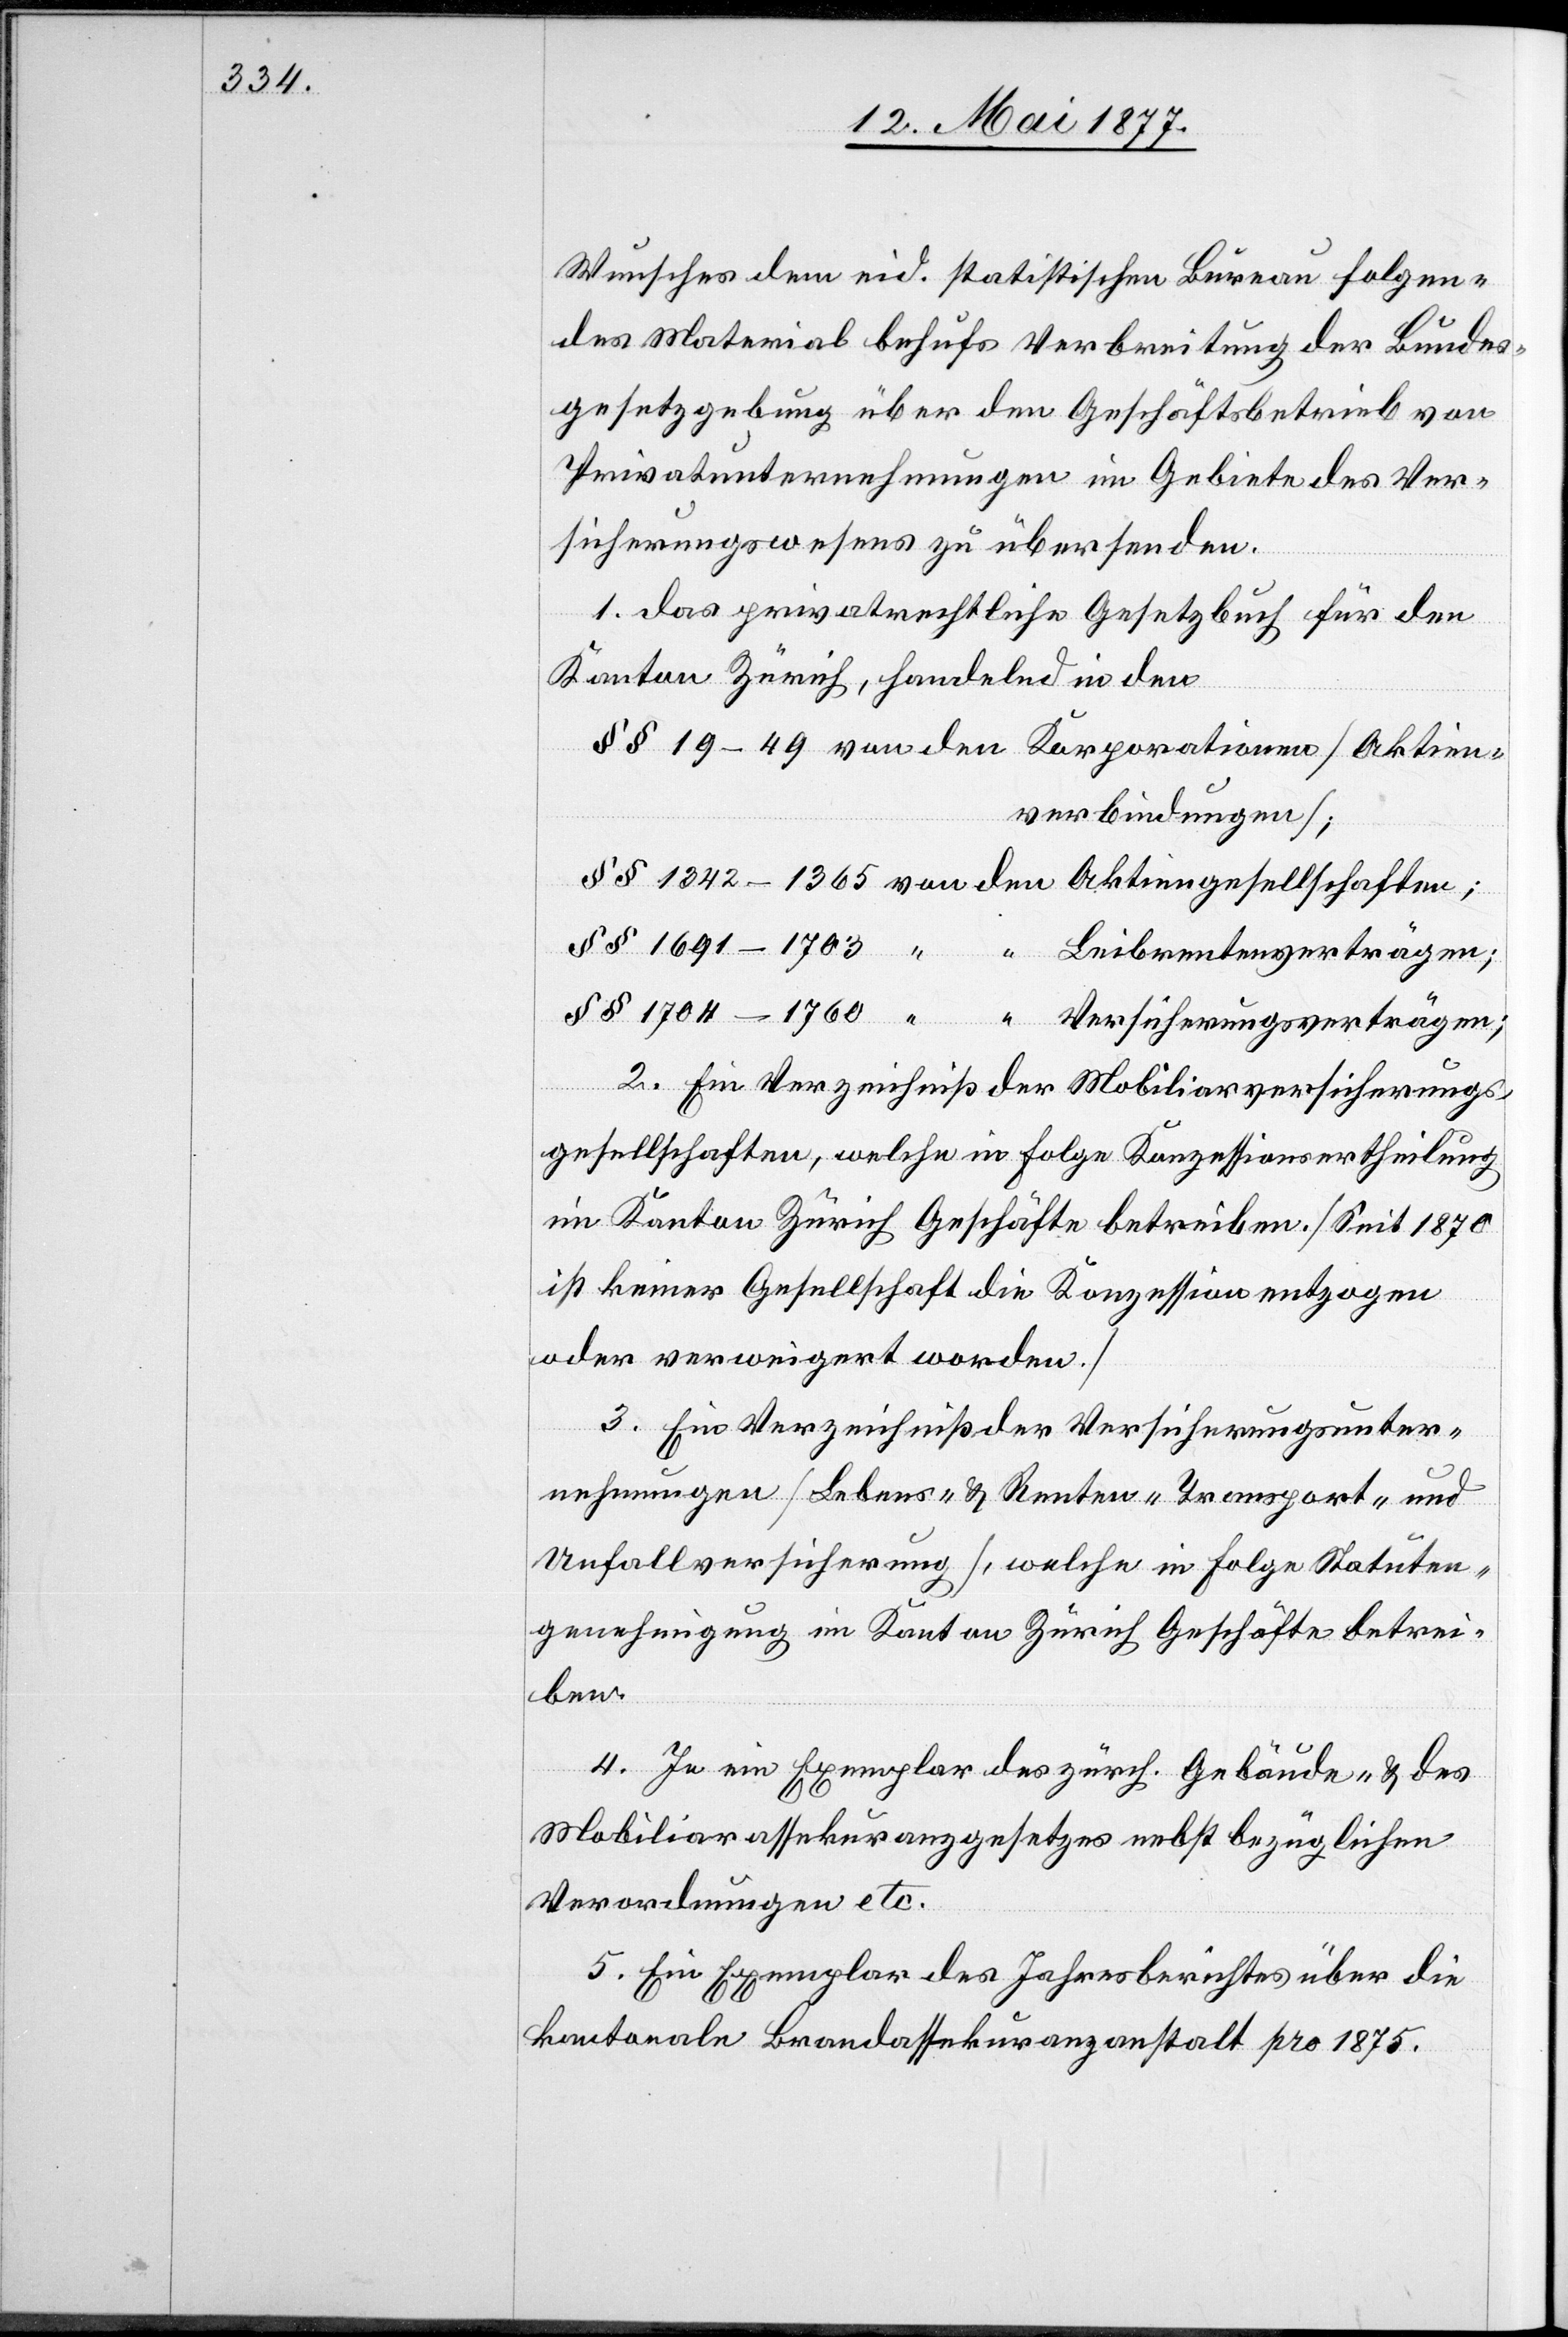
Wunsches dem eid. statistischen Büreau folgen¬
des Material behufs Verbreitung der Bundes¬
gesetzgebung über den Geschäftsbetrieb von
Privatunternehmungen im Gebiete des Ver¬
sicherungswesens zu übersenden.
a. Das privatrechtliche Gesetzbuch für den
Kanton Zürich, handelnd in den
§§ 19–49 von den Korporationen [Aktien¬
verbindungen];
2. Ein Verzeichnis der Mobiliarversicherungs¬
gesellschaften, welche in Folge Konzessionsertheilung
im Kanton Zürich Geschäfte betreiben. [Seit 1870
ist keiner Gesellschaft die Konzession entzogen
oder verweigert worden.]
3. Ein Verzeichniß der Versicherungsunter¬
nehmungen [Lebens- & Renten- Transport- und
Unfallversicherung], welche in Folge Statuten¬
genehmigung im Kanton Zürich Geschäfte betrei¬
ben.
4. In ein [sic!] Exemplar des zürch. Gebäude- & des
Mobiliarassekuranzgesetzes nebst bezüglichen
Verordnungen etc.
5. Ein Exemplar des Jahresberichtes über die
kantonale Brandassekuranzanstalt pro 1875.